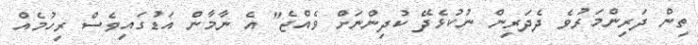
ތިން ދަރިންމަރުވެ ދެދަރިން ނުކުޅެދޭ ކުދިންނަށް ވެއްޖެ" އެ ނާމާން އަޑުގައިވެސް ރިހުމެއް